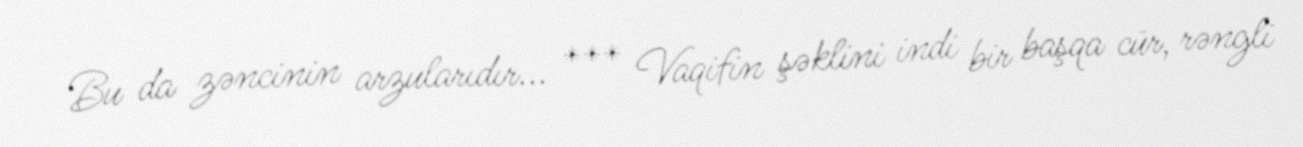
Bu da zəncinin arzularıdır... *** Vaqifin şəklini indi bir başqa cür, rəngli